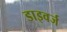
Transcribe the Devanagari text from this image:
डाइवर्ज